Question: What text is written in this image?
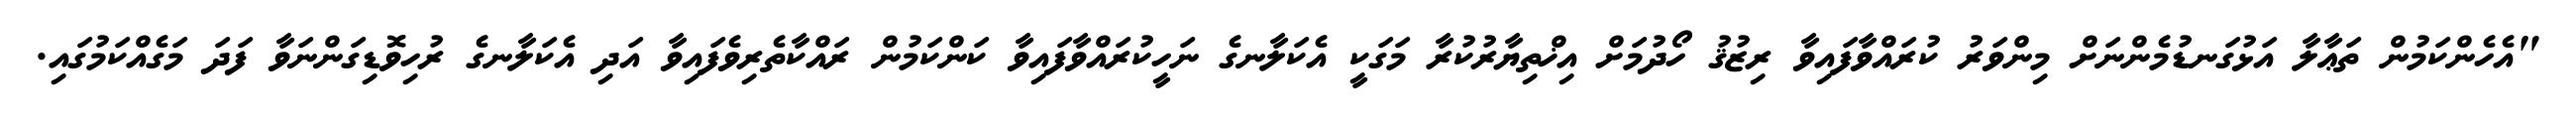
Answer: "އެހެންކަމުން ތަޢާލާ އަޅުގަނޑުމެންނަށް މިންވަރު ކުރައްވާފައިވާ ރިޒުޤު ހޯދުމަށް އިޚްތިޔާރުކުރާ މަގަކީ އެކަލާނގެ ނަހީކުރައްވާފައިވާ ކަންކަމުން ރައްކާތެރިވެފައިވާ އަދި އެކަލާނގެ ރުހިވޮޑިގަންނަވާ ފަދަ މަގެއްކަމުގައި.